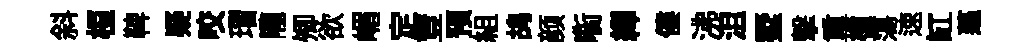
斜桓鞞疑咬瑁隴𡖖欲嵋定荳预組鸪颜㗸繹僂沸沮墅擊重㮔蕩速缸薖